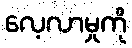
လေ့လာမှုကို